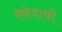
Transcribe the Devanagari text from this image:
कहेवाथी